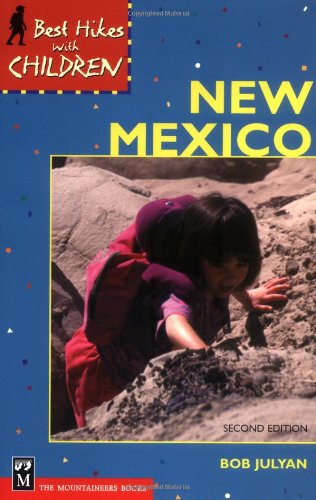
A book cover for Best Hikes with Children New Mexico; Bob Julyan; Travel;